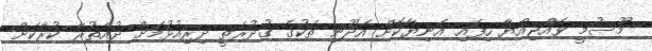
މޫސުމީ ވެއްޖިއްޔާ ހިފައި އަނިޔާކޮށް އެދޫނި ތަކުގެ ގުދުރަތީ ދިރިއުޅުމަށް ދުއްތުރާ ކުރާކަށް